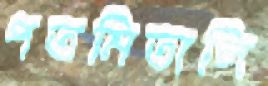
পত্রমিতালি